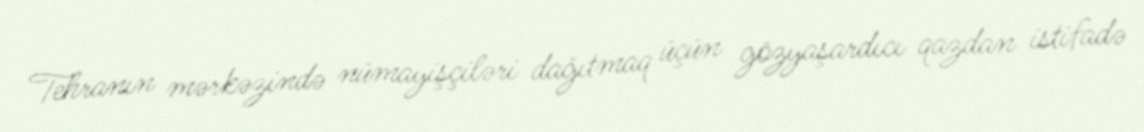
Tehranın mərkəzində nümayişçiləri dağıtmaq üçün gözyaşardıcı qazdan istifadə